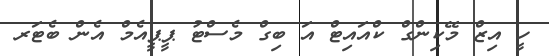
ހީ އިޒް މޭކިންގް ކްއައިޓް އަ ބިގް މެސްޓު ޕީޕީއެމް އެން ބެޓަރ